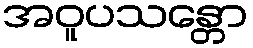
အဝူပသန္တော